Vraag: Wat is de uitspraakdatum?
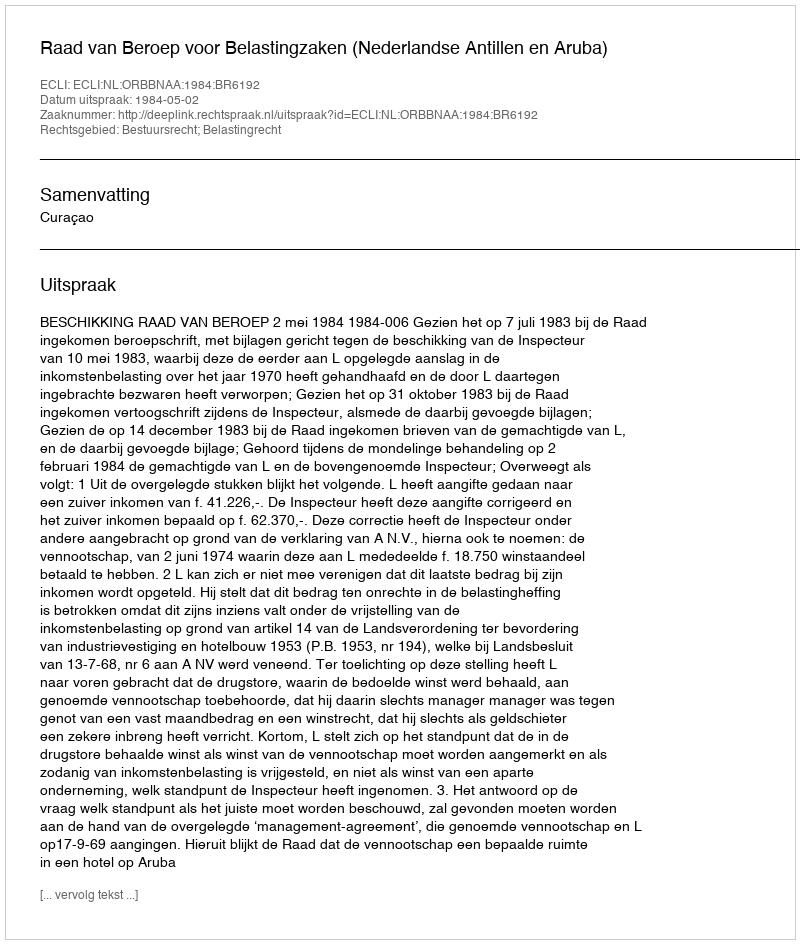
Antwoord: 1984-05-02